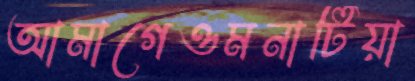
আমাগেওমনাটিয়া